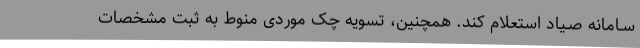
سـامانه صـیاد استعلام کند. همچنین، تسویه چک موردی منوط به ثبت مشخصات